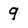
Character: 9